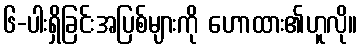
၆-ပါးရှိခြင်းအပြစ်များကို ဟောထား၏ဟူလို။